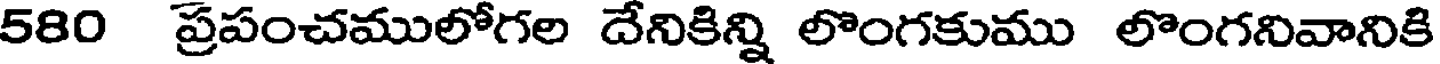
580 ప్రపంచములోగల దేనికిన్ని లొంగకుము లొంగనివానికి